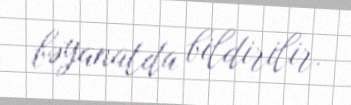
bəyanatda bildirilir.